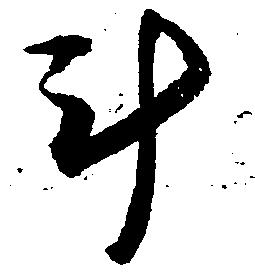
計